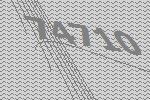
74710